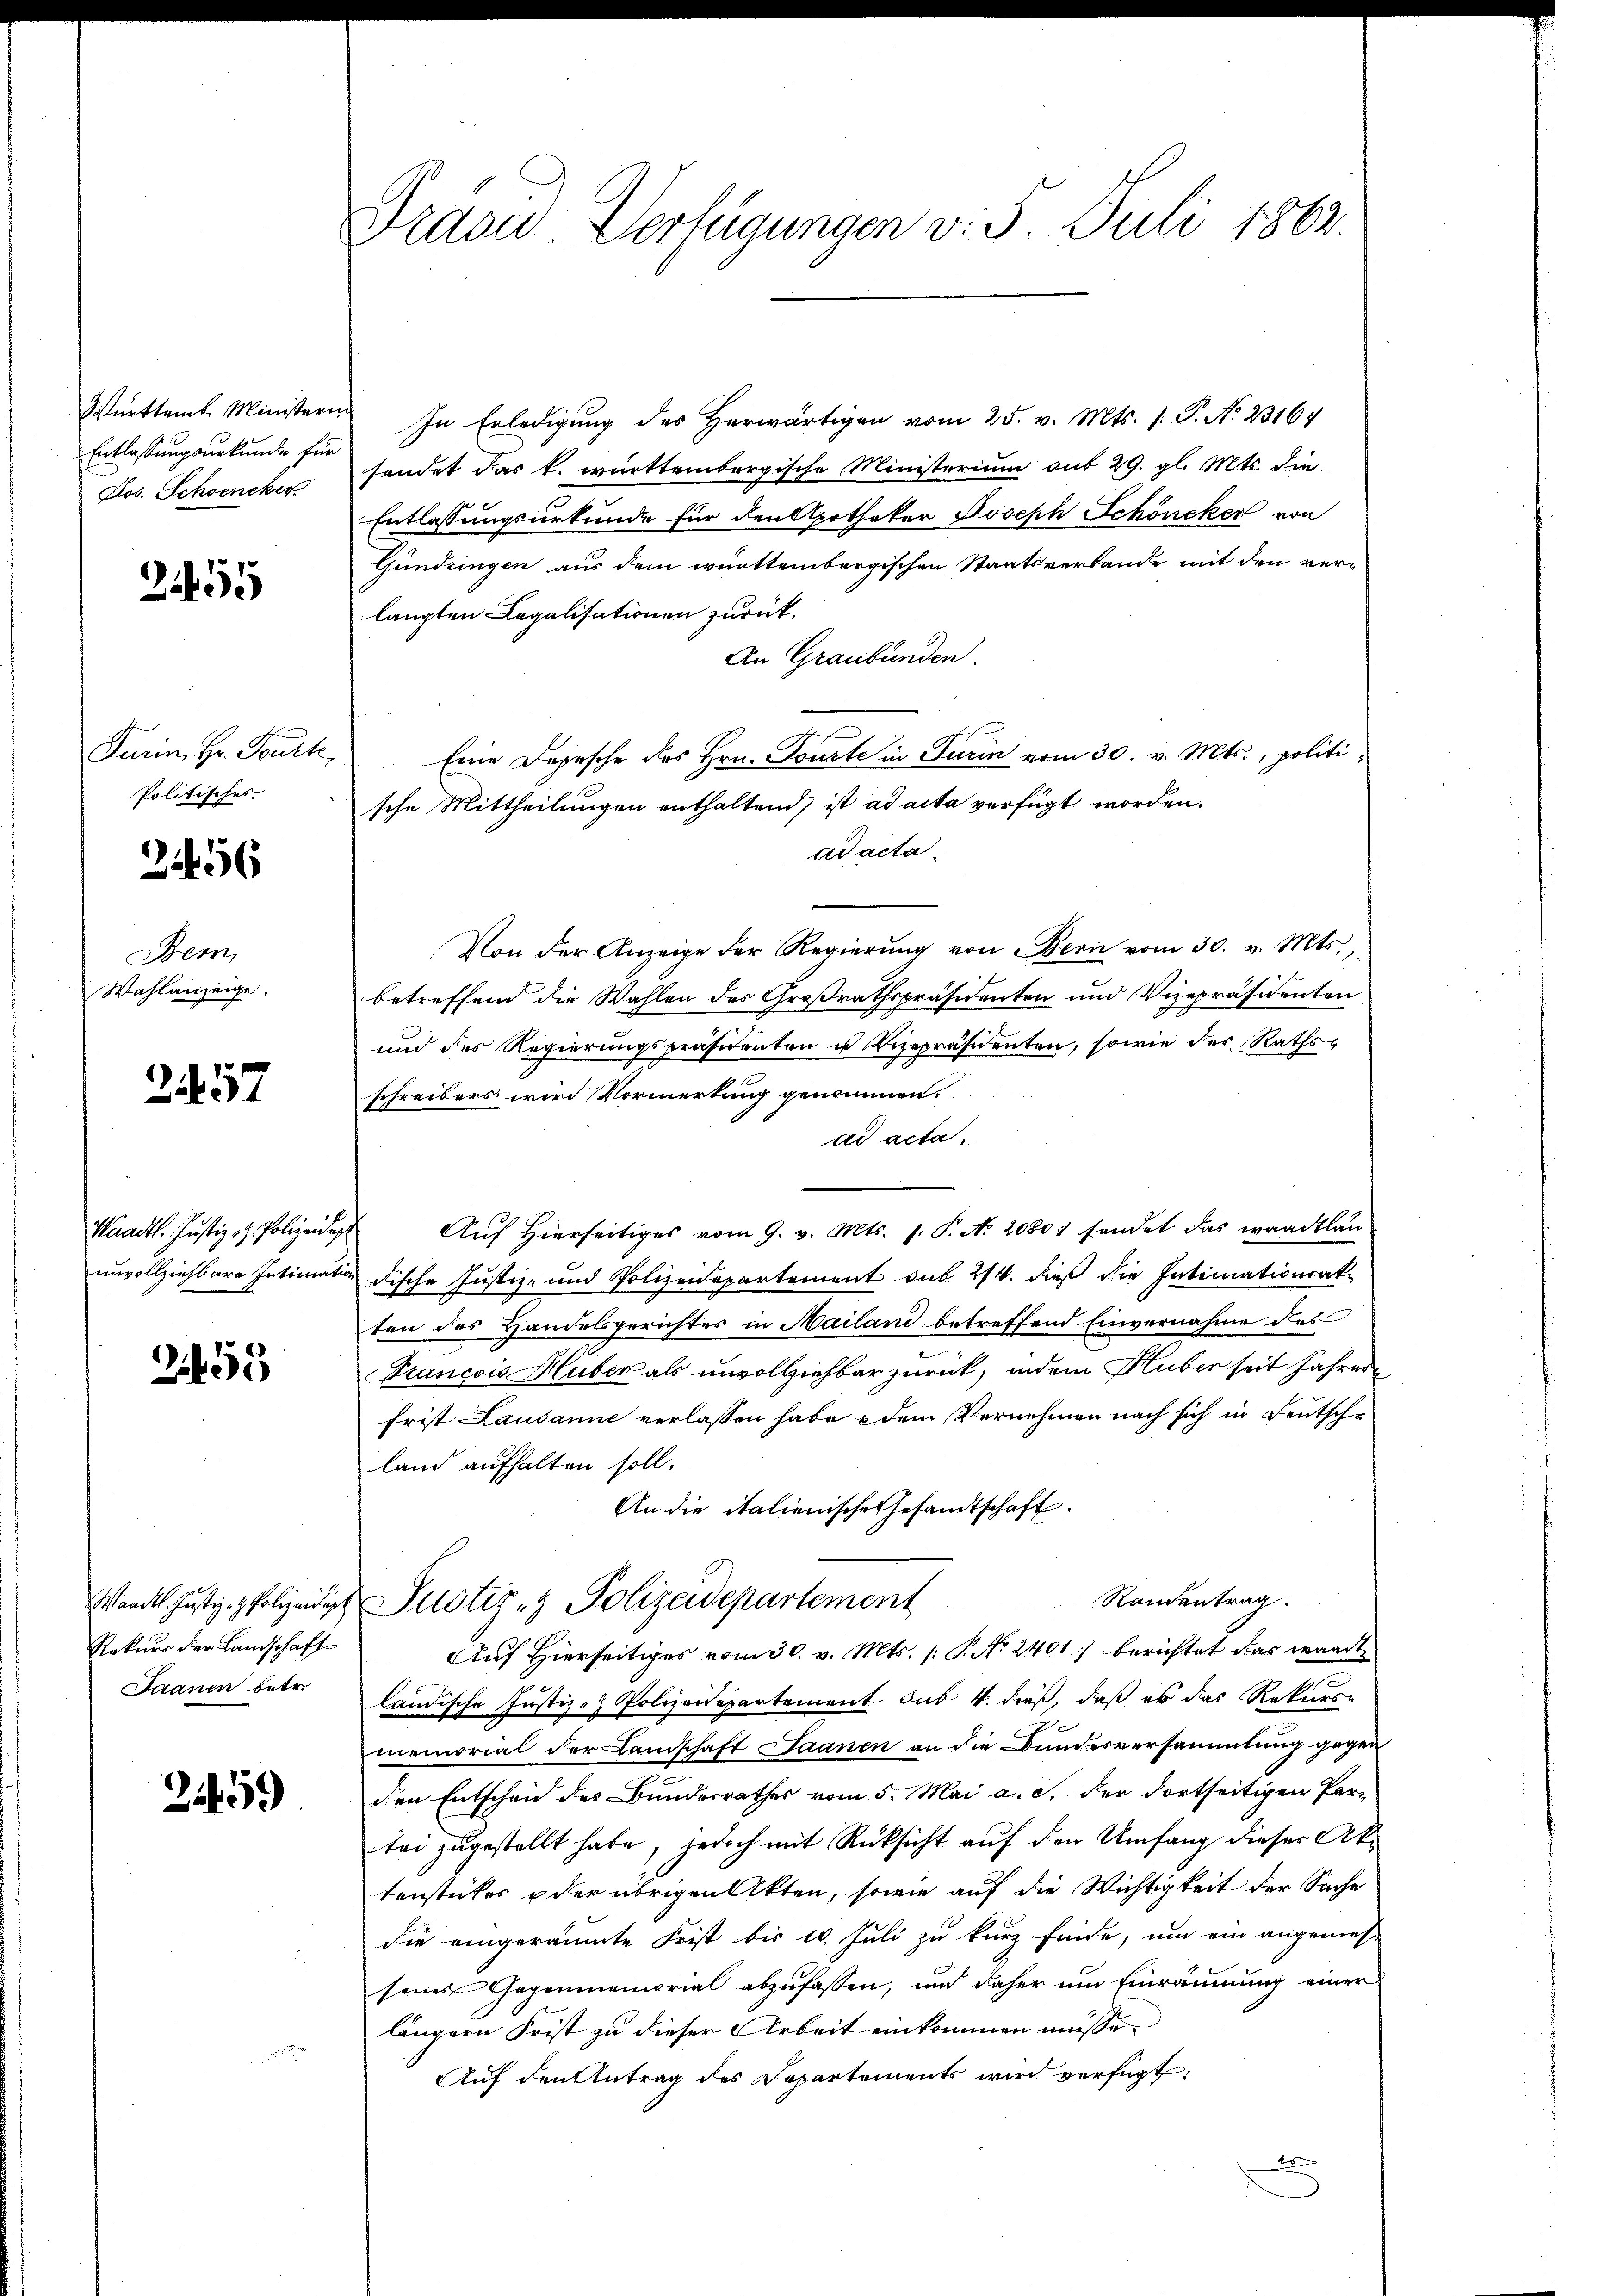
Württemb. Ministeri
Entlassungsurkunde für
Jos. Schoencker

255

Furin, Hr. Pourt,
Politisches
24456

Bern,
Wahlanzeige.

2457

Waadt. Justiz- & Polizeideg
unvollziehbare Intimation

2455

Wandel. Justiz- & Polizeidigt
Rekurs der Landschaft
Jaanen betr.

2459

Präsid Verfügungen v. 5. Juli 1862.

In Erledigung des Herwärtigen vom 25. v. Mts. f. P. Nr. 23164
fendet das k. württembergische Ministerium auf 29. gl. Mts. die
Entlassungsurkunde für den Apotheker Joseph Schöneker von
Gündringen aus dem württembergischen Staatsverbande mit den verlangten Legalisationen zurück.
An Graubünden.
Eine Depesche des Hrn. Tourte in Turin vom 30. v. Mts., politische Mittheilungen enthaltend, ist ad acta verfügt worden.
ad acta
Von der Anzeige der Regierŭng von Bern vom 30. v. Mts.,
betreffend die Wahlen des Großrathspräsidenten und Vizepräsidenten
und des Regierungspräsidenten u Vizepräsidenten, sowie des Raths-
schreibers wird Vormerkung genommen.
dd acta.
 Auf Hierseitiges vom 9. v. Mts. 1. P. N. 20801 sendet das waadtlanische Justiz- und Polizeidepartement sub 2/4. dieß die Intimationsat
ten des Handelsgerichtes in Mailand betreffend Einvernahme des
Francois Huber als unvollziehbar zurück, indem Huber seit Jahren
frist Lausanne verlassen habe & dem Vernehmen nach sich in Deutsche
land aufhalten soll.
An die italienische Gesandtschaft.
Randentrag
Justiz- & Polizeidepartement
Auf Hierseitiges vom 30. v. Mts. (: P. No 2401) berichtet das wardt
ländische Justiz- & Polizeidepartement sub 4. dieß, daß es das Rekurs-
memorial der Landschaft Saanen an die Bundesversammlung gegen
den Entscheid des Bundesrathes vom 5. Mai a. c. der dortseitigen Per-
tei zugestellt habe, jedoch mit Rücksicht auf den Umfang dieser Aktenstückes oder übrigen Akten, sowie auf die Wichtigkeit der Sache
die eingeräumte Frist bis 10. Juli zu kurz finde, um ein angemessenes Gegenmemorial abzufassen, und daher um Einräumung einer
längern Frist zu dieser Arbeit einkommen müsse.
Auf den Antrag des Departements wird verfügt: